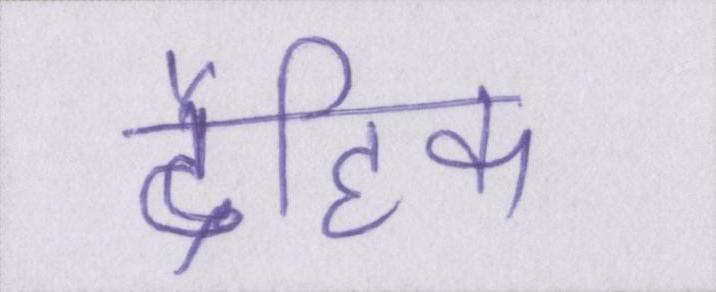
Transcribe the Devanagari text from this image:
दैहिक